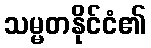
သမ္မတနိုင်ငံ၏